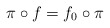
\begin{align*} \pi \circ f = f_0 \circ \pi\end{align*}